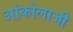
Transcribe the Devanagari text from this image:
आंकोलाजी